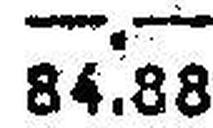
84.88